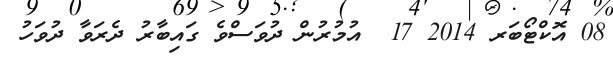
08 އޮކްޓޯބަރ 2014 17  އުމުރުން ދުވަސްވެ ގައިބާރު ދެރަވާ ދުވަހު